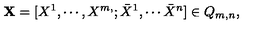
{ \bf X } = [ X ^ { 1 } , \cdots , X ^ { m , } ; \bar { X } ^ { 1 } , \cdots \bar { X } ^ { n } ] \in Q _ { m , n } ,